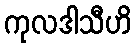
ကုလဒါသီဟိ